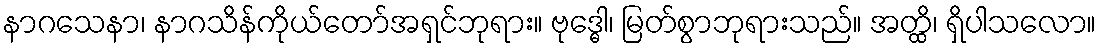
နာဂသေနာ၊ နာဂသိန်ကိုယ်တော်အရှင်ဘုရား။ ဗုဒ္ဓေါ၊ မြတ်စွာဘုရားသည်။ အတ္ထိ၊ ရှိပါသလော။